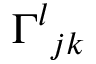
{ \Gamma ^ { l } } _ { j k }